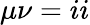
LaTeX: \mu\nu=ii